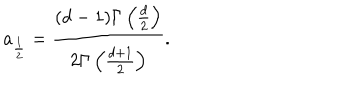
LaTeX: a _ { \frac 1 2 } = \frac { ( d - 1 ) \Gamma \left( \frac { d } 2 \right) } { 2 \Gamma \left( \frac { d + 1 } 2 \right) } .